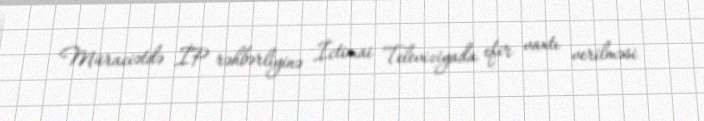
Müraciətdə İP rəhbərliyinə İctimai Televiziyada efir vaxtı verilməsi